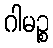
ဂါမဉ္စ